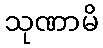
သုဏာမိ